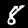
Digit: 8